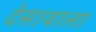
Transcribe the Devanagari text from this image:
देसायाला